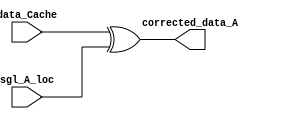
`timescale 1ns / 1ps
module Corrector_A(
    input [31:0] data_Cache,
    input [31:0] sgl_A_loc,
    output [31:0] corrected_data_A

);

assign corrected_data_A = data_Cache ^ sgl_A_loc;

endmodule